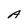
Character: A